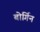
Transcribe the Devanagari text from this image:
बोर्गिन